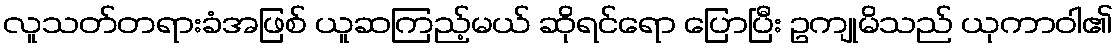
လူသတ်တရားခံအဖြစ် ယူဆကြည့်မယ် ဆိုရင်ရော ပြောပြီး ဥကျုမိသည် ယုကာဝါ၏